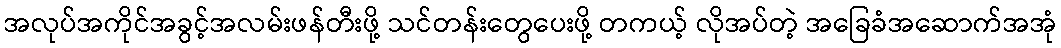
အလုပ်အကိုင်အခွင့်အလမ်းဖန်တီးဖို့ သင်တန်းတွေပေးဖို့ တကယ့် လိုအပ်တဲ့ အခြေခံအဆောက်အအုံ